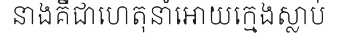
នាងគឺជាហេតុនាំអោយក្មេងស្លាប់